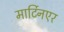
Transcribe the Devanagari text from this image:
मार्टिनएर